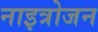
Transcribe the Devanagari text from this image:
नाइत्रोजन